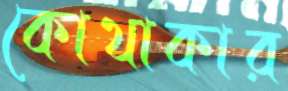
কোথাকার